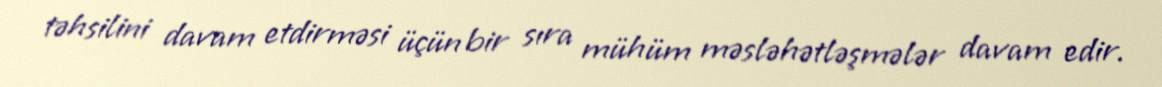
təhsilini davam etdirməsi üçün bir sıra mühüm məsləhətləşmələr davam edir.